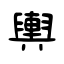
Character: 輿